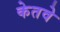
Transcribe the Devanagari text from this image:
केतवे